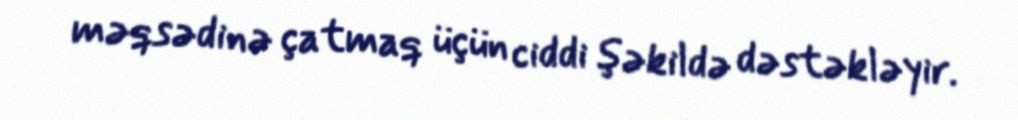
məqsədinə çatmaq üçün ciddi şəkildə dəstəkləyir.